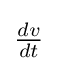
{\begin{matrix}{\frac {dv}{dt}}\end{matrix}}